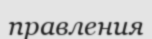
правления